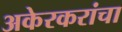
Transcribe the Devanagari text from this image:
अकेरकरांचा